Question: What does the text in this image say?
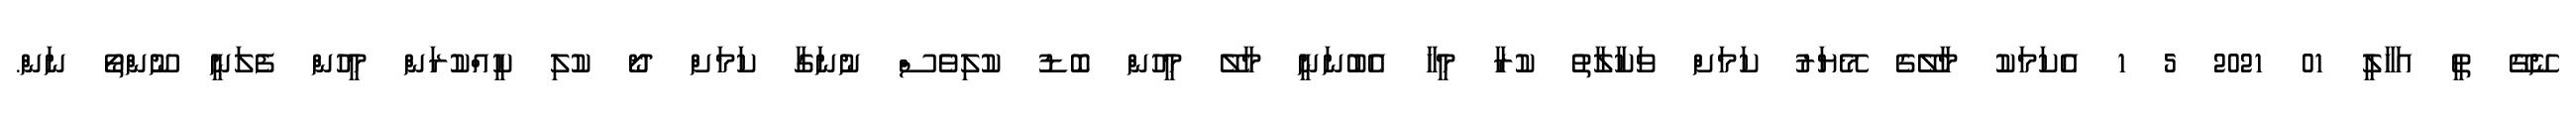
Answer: ނޭގޭ ތީ އަހާލީ 01 2021 5 1 އެކަމަކު މާލޭގެ މޭޔަރު ކަމަށް ވަކާލާތު ކުރާ މީހާ އެބުނަނީ މާލޭ މީހުން ބޮޑު ކުލިވެސް ނުނަގާ ކަމަށް ދޯ ކުލި ކީއްކުރަން މީހުން ފެލަނީ ނޫންތޯ ނަން.